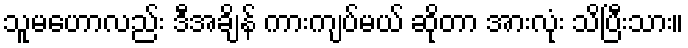
သူမဟောလည်း ဒီအချိန် ကားကျပ်မယ် ဆိုတာ အားလုံး သိပြီးသား။